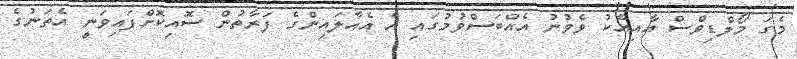
މެގަ މޯލްޑިވްސް އާއިއެކު ވެވުނު އެއްބަސްވުމުގައި އެ އެއާލައިންގެ ފަރާތުން ސޮއިކޮށްފައިވަނީ އެތަނުގެ